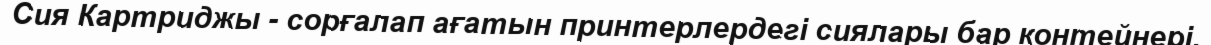
Сия Картриджы - сорғалап ағатын принтерлердегi сиялары бар контейнерi.